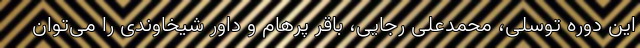
این دوره توسلی، محمدعلی رجایی، باقر پرهام و داور شیخاوندی را می‌توان